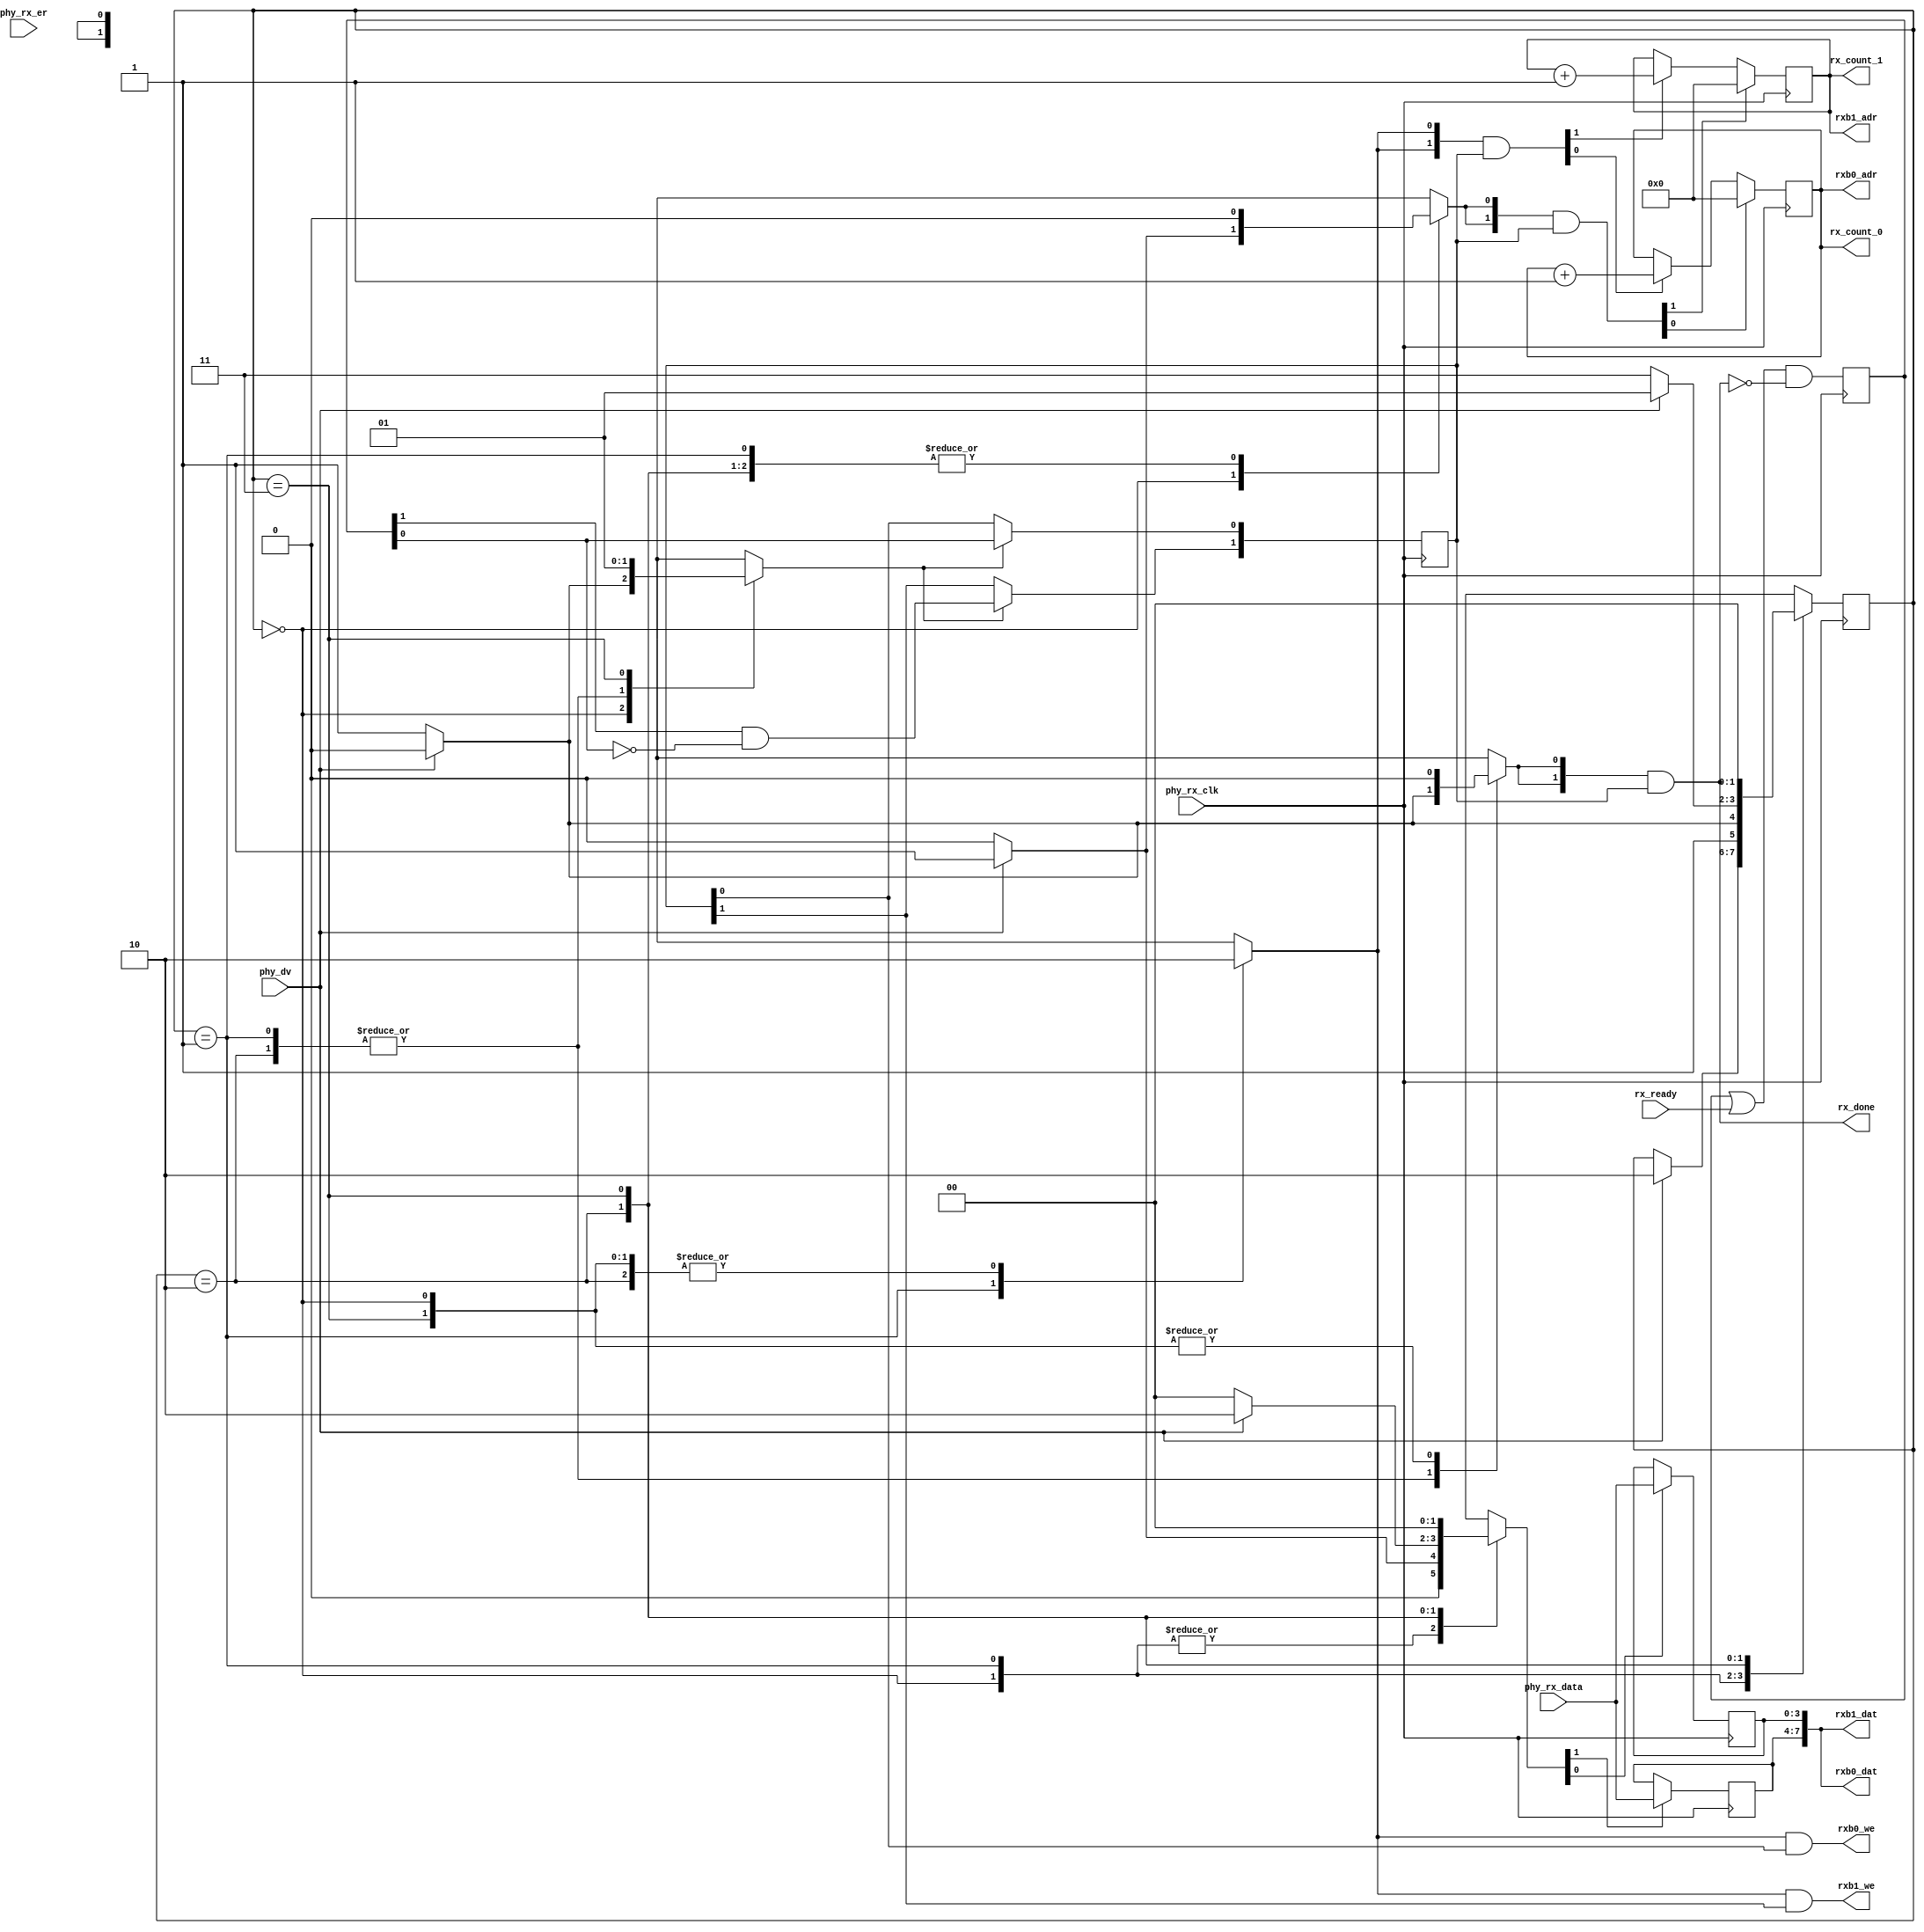
/*
 * Milkymist SoC
 * Copyright (C) 2007, 2008, 2009, 2010, 2011 Sebastien Bourdeauducq
 *
 * This program is free software: you can redistribute it and/or modify
 * it under the terms of the GNU General Public License as published by
 * the Free Software Foundation, version 3 of the License.
 *
 * This program is distributed in the hope that it will be useful,
 * but WITHOUT ANY WARRANTY; without even the implied warranty of
 * MERCHANTABILITY or FITNESS FOR A PARTICULAR PURPOSE.  See the
 * GNU General Public License for more details.
 *
 * You should have received a copy of the GNU General Public License
 * along with this program.  If not, see <http://www.gnu.org/licenses/>.
 */

module minimac2_rx(
	input phy_rx_clk,
	
	input [1:0] rx_ready,
	output [1:0] rx_done,
	output reg [10:0] rx_count_0,
	output reg [10:0] rx_count_1,
	
	output [7:0] rxb0_dat,
	output [10:0] rxb0_adr,
	output rxb0_we,
	output [7:0] rxb1_dat,
	output [10:0] rxb1_adr,
	output rxb1_we,
	
	input phy_dv,
	input [3:0] phy_rx_data,
	input phy_rx_er
);

reg [1:0] available_slots;
always @(posedge phy_rx_clk)
	available_slots <= (available_slots | rx_ready) & ~rx_done;
initial available_slots <= 2'd0;

reg [1:0] used_slot;
reg used_slot_update;
always @(posedge phy_rx_clk) begin
	if(used_slot_update) begin
		used_slot[0] <= available_slots[0];
		used_slot[1] <= available_slots[1] & ~available_slots[0];
	end
end

reg rx_done_ctl;
assign rx_done = {2{rx_done_ctl}} & used_slot;

reg rx_count_reset_ctl;
reg rx_count_inc_ctl;
wire [1:0] rx_count_reset = {2{rx_count_reset_ctl}} & used_slot;
wire [1:0] rx_count_inc = {2{rx_count_inc_ctl}} & used_slot;
always @(posedge phy_rx_clk) begin
	if(rx_count_reset[0])
		rx_count_0 <= 11'd0;
	else if(rx_count_inc[0])
		rx_count_0 <= rx_count_0 + 11'd1;
	if(rx_count_reset[1])
		rx_count_1 <= 11'd0;
	else if(rx_count_inc[1])
		rx_count_1 <= rx_count_1 + 11'd1;
end

assign rxb0_adr = rx_count_0;
assign rxb1_adr = rx_count_1;
reg rxb_we_ctl;
assign rxb0_we = rxb_we_ctl & used_slot[0];
assign rxb1_we = rxb_we_ctl & used_slot[1];

reg [3:0] lo;
reg [3:0] hi;
reg [1:0] load_nibble;
always @(posedge phy_rx_clk) begin
	if(load_nibble[0])
		lo <= phy_rx_data;
	if(load_nibble[1])
		hi <= phy_rx_data;
end
assign rxb0_dat = {hi, lo};
assign rxb1_dat = {hi, lo};

reg [1:0] state;
reg [1:0] next_state;

parameter IDLE		= 2'd0;
parameter LOAD_LO	= 2'd1;
parameter LOAD_HI	= 2'd2;
parameter TERMINATE	= 2'd3;

initial state <= IDLE;
always @(posedge phy_rx_clk)
	state <= next_state;

always @(*) begin
	used_slot_update = 1'b0;
	rx_done_ctl = 1'b0;
	rx_count_reset_ctl = 1'b0;
	rx_count_inc_ctl = 1'b0;
	rxb_we_ctl = 1'b0;
	load_nibble = 2'b00;
	
	next_state = state;
	case(state)
		IDLE: begin
			used_slot_update = 1'b1;
			if(phy_dv) begin
				rx_count_reset_ctl = 1'b1;
				used_slot_update = 1'b0;
				load_nibble = 2'b01;
				next_state = LOAD_HI;
			end
		end
		LOAD_LO: begin
			rxb_we_ctl = 1'b1;
			rx_count_inc_ctl = 1'b1;
			if(phy_dv) begin
				load_nibble = 2'b01;
				next_state = LOAD_HI;
			end else begin
				rx_done_ctl = 1'b1;
				next_state = TERMINATE;
			end
		end
		LOAD_HI: begin
			if(phy_dv) begin
				load_nibble = 2'b10;
				next_state = LOAD_LO;
			end else begin
				rx_done_ctl = 1'b1;
				next_state = TERMINATE;
			end
		end
		TERMINATE: begin
			used_slot_update = 1'b1;
			next_state = IDLE;
		end
	endcase
end

endmodule